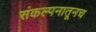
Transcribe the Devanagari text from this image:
संकल्पनातूनच